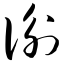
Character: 衡